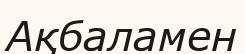
Ақбаламен